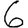
Digit: 6